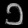
Digit: ၁